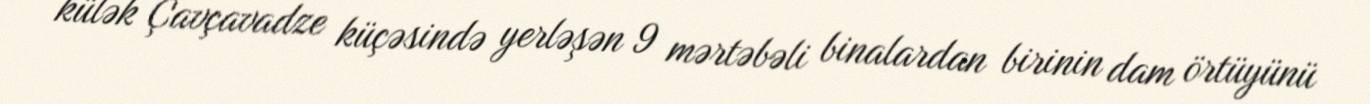
külək Çavçavadze küçəsində yerləşən 9 mərtəbəli binalardan birinin dam örtüyünü